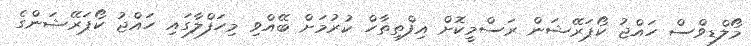
މޯލްޑިވްސް ހައްޖު ކޯޕަރޭޝަން ރަސްމީކޮށް އިފްތިތާހް ކުރުމަށް ބޭއްވި މިހަފްލާގައި ހައްޖު ކޯޕަރޭޝަންގެ